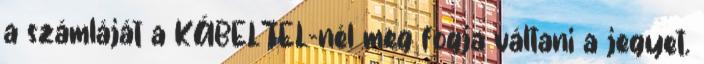
a számláját a KÁBELTEL-nél meg fogja váltani a jegyet.